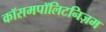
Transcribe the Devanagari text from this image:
कॉसमपॉलिटनिज़म